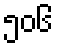
၅၀၆